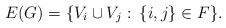
\begin{align*} E(G)=\{V_i\cup V_j:\: \{i,j\} \in F\}.\end{align*}